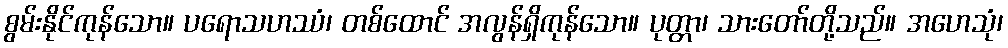
စွမ်းနိုင်ကုန်သော။ ပရောသဟဿံ၊ တစ်ထောင် အလွန်ရှိကုန်သော။ ပုတ္တာ၊ သားတော်တို့သည်။ အဟေသုံ၊